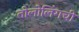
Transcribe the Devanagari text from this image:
तोलोलिंगची